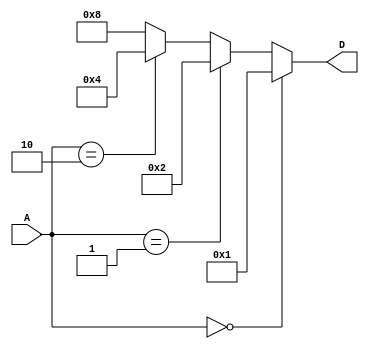
module decoder2_4 (
    input [1:0] A,
    output reg [3:0] D
);
    always @(*) begin
        if (A == 2'b00) 
             D = 4'b0001;
        else if (A == 2'b01) 
             D = 4'b0010;
        else if (A == 2'b10) 
             D = 4'b0100;
        else
             D = 4'b1000;
    end
endmodule